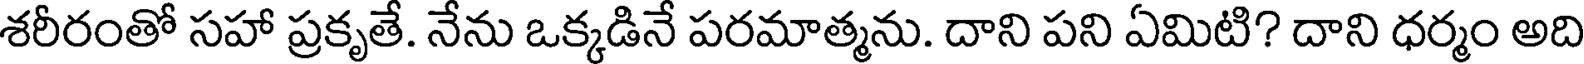
శరీరంతో సహా ప్రకృతే. నేను ఒక్కడినే పరమాత్మను. దాని పని ఏమిటి? దాని ధర్మం అది